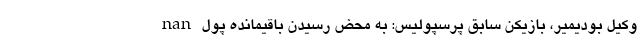
nan وکیل بودیمیر، بازیکن سابق پرسپولیس: به محض رسیدن باقیمانده پول